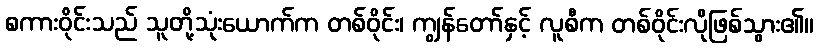
စကားဝိုင်းသည် သူတို့သုံးယောက်က တစ်ဝိုင်း၊ ကျွန်တော်နှင့် လူစီက တစ်ဝိုင်းလိုဖြစ်သွား၏။